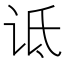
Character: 诋